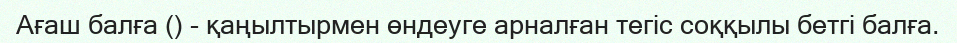
Ағаш балғa () - қаңылтырмен өндеуге арналған тегіс соққылы бетгі балға.